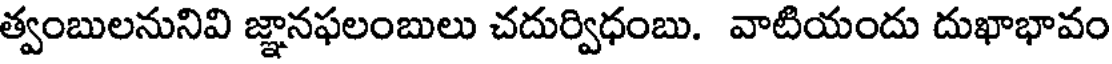
త్వంబులనునివి జ్ఞానఫలంబులు చదుర్విధంబు. వాటియందు దుఖాభావం